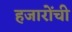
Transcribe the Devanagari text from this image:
हजारोंची